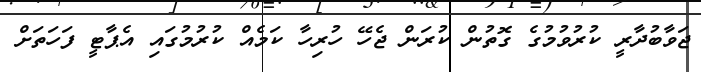
ޖަވާބުދާރީ ކުރުވުމުގެ ގޮތުން ކުރަން ޖެހޭ ހުރިހާ ކަމެއް ކުރުމުގައި އެޕާޓީ ފަހަތަށް